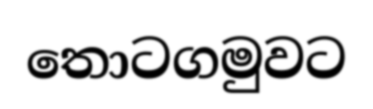
තොටගමුවට